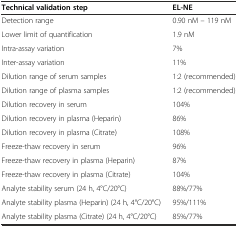
| Technical validation step | EL-NE |
 | --- | --- |
 | Detection range | 0.90 nM – 119 nM |
 | Lower limit of quantification | 1.9 nM |
 | Intra-assay variation | 7% |
 | Inter-assay variation | 11% |
 | Dilution range of serum samples | 1:2 (recommended) |
 | Dilution range of plasma samples | 1:2 (recommended) |
 | Dilution recovery in serum | 104% |
 | Dilution recovery in plasma (Heparin) | 86% |
 | Dilution recovery in plasma (Citrate) | 108% |
 | Freeze-thaw recovery in serum | 96% |
 | Freeze-thaw recovery in plasma (Heparin) | 87% |
 | Freeze-thaw recovery in plasma (Citrate) | 104% |
 | Analyte stability serum (24 h, 4°C/20°C) | 88%/77% |
 | Analyte stability plasma (Heparin) (24 h, 4°C/20°C) | 95%/111% |
 | Analyte stability plasma (Citrate) (24 h, 4°C/20°C) | 85%/77% |